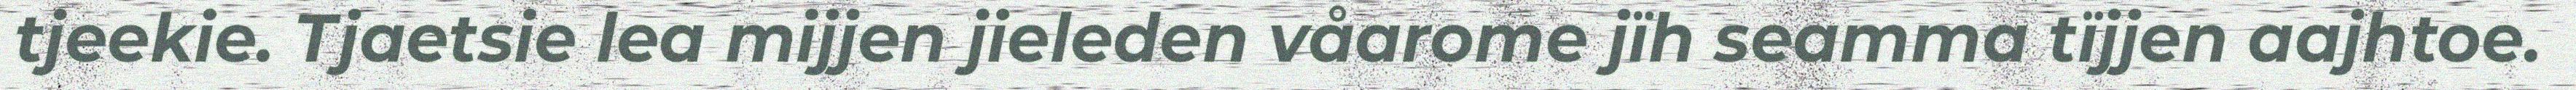
tjeekie. Tjaetsie lea mijjen jieleden våarome jïh seamma tïjjen aajhtoe.